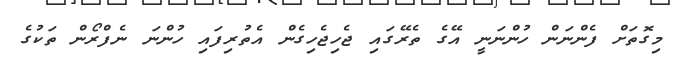
މިގޮތަށް ފެންނަން ހުންނަނީ އޭގެ ތެރޭގައި ޖެހިޖެހިގެން އެތުރިފައި ހުންނަ ނެފްރޯން ތަކުގެ